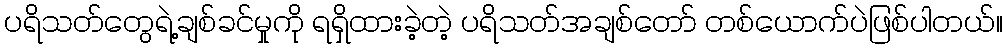
ပရိသတ်တွေရဲ့ချစ်ခင်မှုကို ရရှိထားခဲ့တဲ့ ပရိသတ်အချစ်တော် တစ်ယောက်ပဲဖြစ်ပါတယ်။